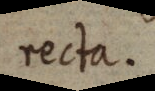
recta.